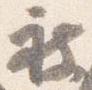
被